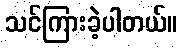
သင်ကြားခဲ့ပါတယ်။